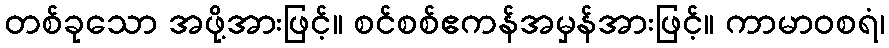
တစ်ခုသော အဖို့အားဖြင့်။ စင်စစ်ဧကန်အမှန်အားဖြင့်။ ကာမာဝစရံ၊